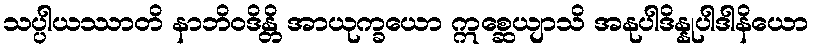
သပ္ပါယဿာတိ နာဘိဝဒိန္တိ အာယုက္ခယော ဣစ္ဆေယျာသိ အနုပါဒိန္နုပါဒါနိယော